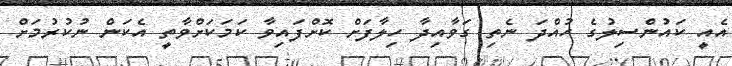
އެއީ ކައުންސިލުގެ ހުއްދަ ނެތި ގަވާއިދާ ހިލާފަށް ކޮށްފައިވާ ކަމަކަށްވާތީ އެކަން ނުކުރުމަށް